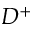
D ^ { + }